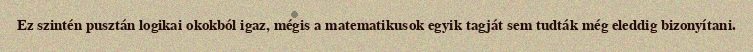
Ez szintén pusztán logikai okokból igaz, mégis a matematikusok egyik tagját sem tudták még eleddig bizonyítani.